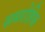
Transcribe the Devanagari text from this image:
समरोहिक